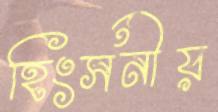
হিংসনীয়